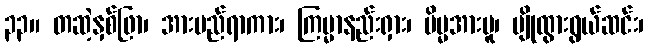
၃၃။ တဆဲ့နှစ်ဖြာ၊ အားမည်ရာကား၊ ကြမ္မာနည်းရှား၊ မိမ္မအားမူ၊ ပျိုထွားရွယ်ဆင်း၊